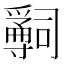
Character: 𤔺